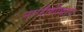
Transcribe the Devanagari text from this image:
नगरीशीवाय